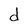
Character: d